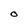
Character: o